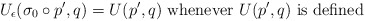
\begin{align*}U_\epsilon(\sigma_0\circ p',q)=U(p',q) \mbox{~whenever~} U(p',q)\mbox{~is defined}\end{align*}